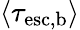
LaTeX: \langle\tau_{\mathrm{esc,b}}\rangle